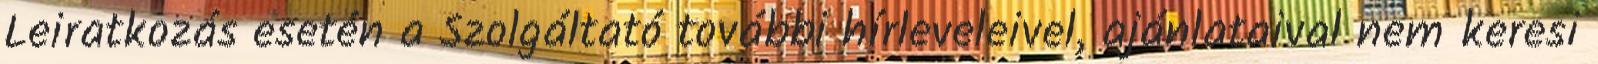
Leiratkozás esetén a Szolgáltató további hírleveleivel, ajánlataival nem keresi